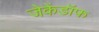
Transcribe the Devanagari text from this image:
जेकेंडॉफ